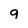
Character: 9